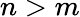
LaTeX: n>m